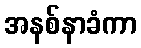
အနစ်နာခံကာ